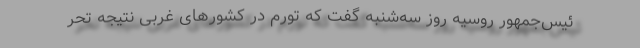
ئیس‌جمهور روسیه روز سه‌شنبه گفت که تورم در کشورهای غربی نتیجه تحر